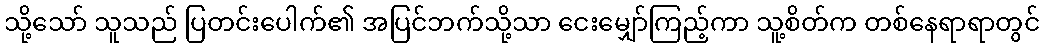
သို့သော် သူသည် ပြတင်းပေါက်၏ အပြင်ဘက်သို့သာ ငေးမျှော်ကြည့်ကာ သူ့စိတ်က တစ်နေရာရာတွင်